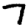
Digit: 7